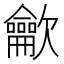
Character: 龡